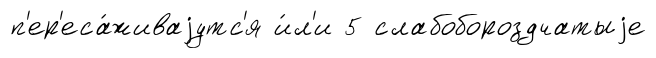
п'ер'еса́живаjутс'я и́л'и 5 слабобороздчатыjе